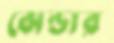
ঝেন্ডার